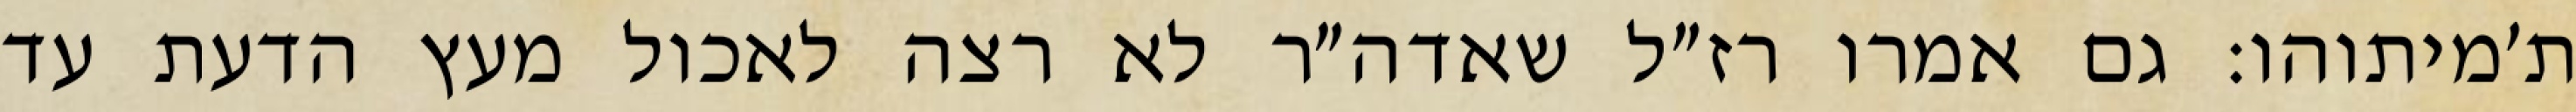
ת׳מיתוהו: גם אמרו רז״ל שאדה״ר לא רצה לאכול מעץ הדעת עד